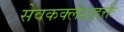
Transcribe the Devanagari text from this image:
सेवकक्लेशहर्त्तः